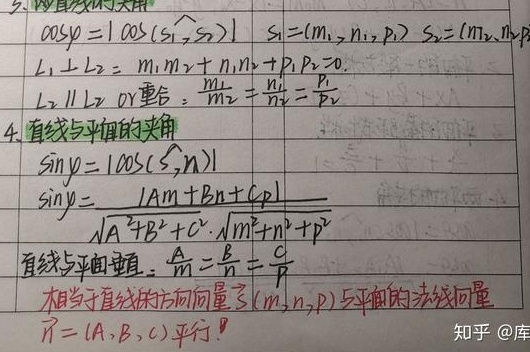
3. 两直线的关系：\(\cos\varphi = |\cos(\vec{S_1},\vec{S_2})|\)，其中\(\vec{S_1}=(m_1,n_1,p_1)\)，\(\vec{S_2}=(m_2,n_2,p_2)\)。
\(L_1\perp L_2\Leftrightarrow m_1m_2 + n_1n_2 + p_1p_2 = 0\)。
\(L_1\parallel L_2\)或重合：\(\frac{m_1}{m_2}=\frac{n_1}{n_2}=\frac{p_1}{p_2}\)。

4. 直线与平面的夹角：\(\sin\varphi = |\cos(\vec{S},\vec{n})|\)，\(\sin\varphi=\frac{|Am + Bn+Cp|}{\sqrt{A^{2}+B^{2}+C^{2}}\cdot\sqrt{m^{2}+n^{2}+p^{2}}}\)。
直线与平面垂直：\(\frac{m}{A}=\frac{n}{B}=\frac{p}{C}\)，相当于直线的方向向量\(\vec{S}=(m,n,p)\)与平面的法线向量\(\vec{n}=(A,B,C)\)平行。